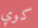
كوي